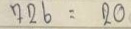
726 = 20